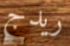
ريدج